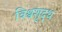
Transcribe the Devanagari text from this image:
विश्वशुद्ध